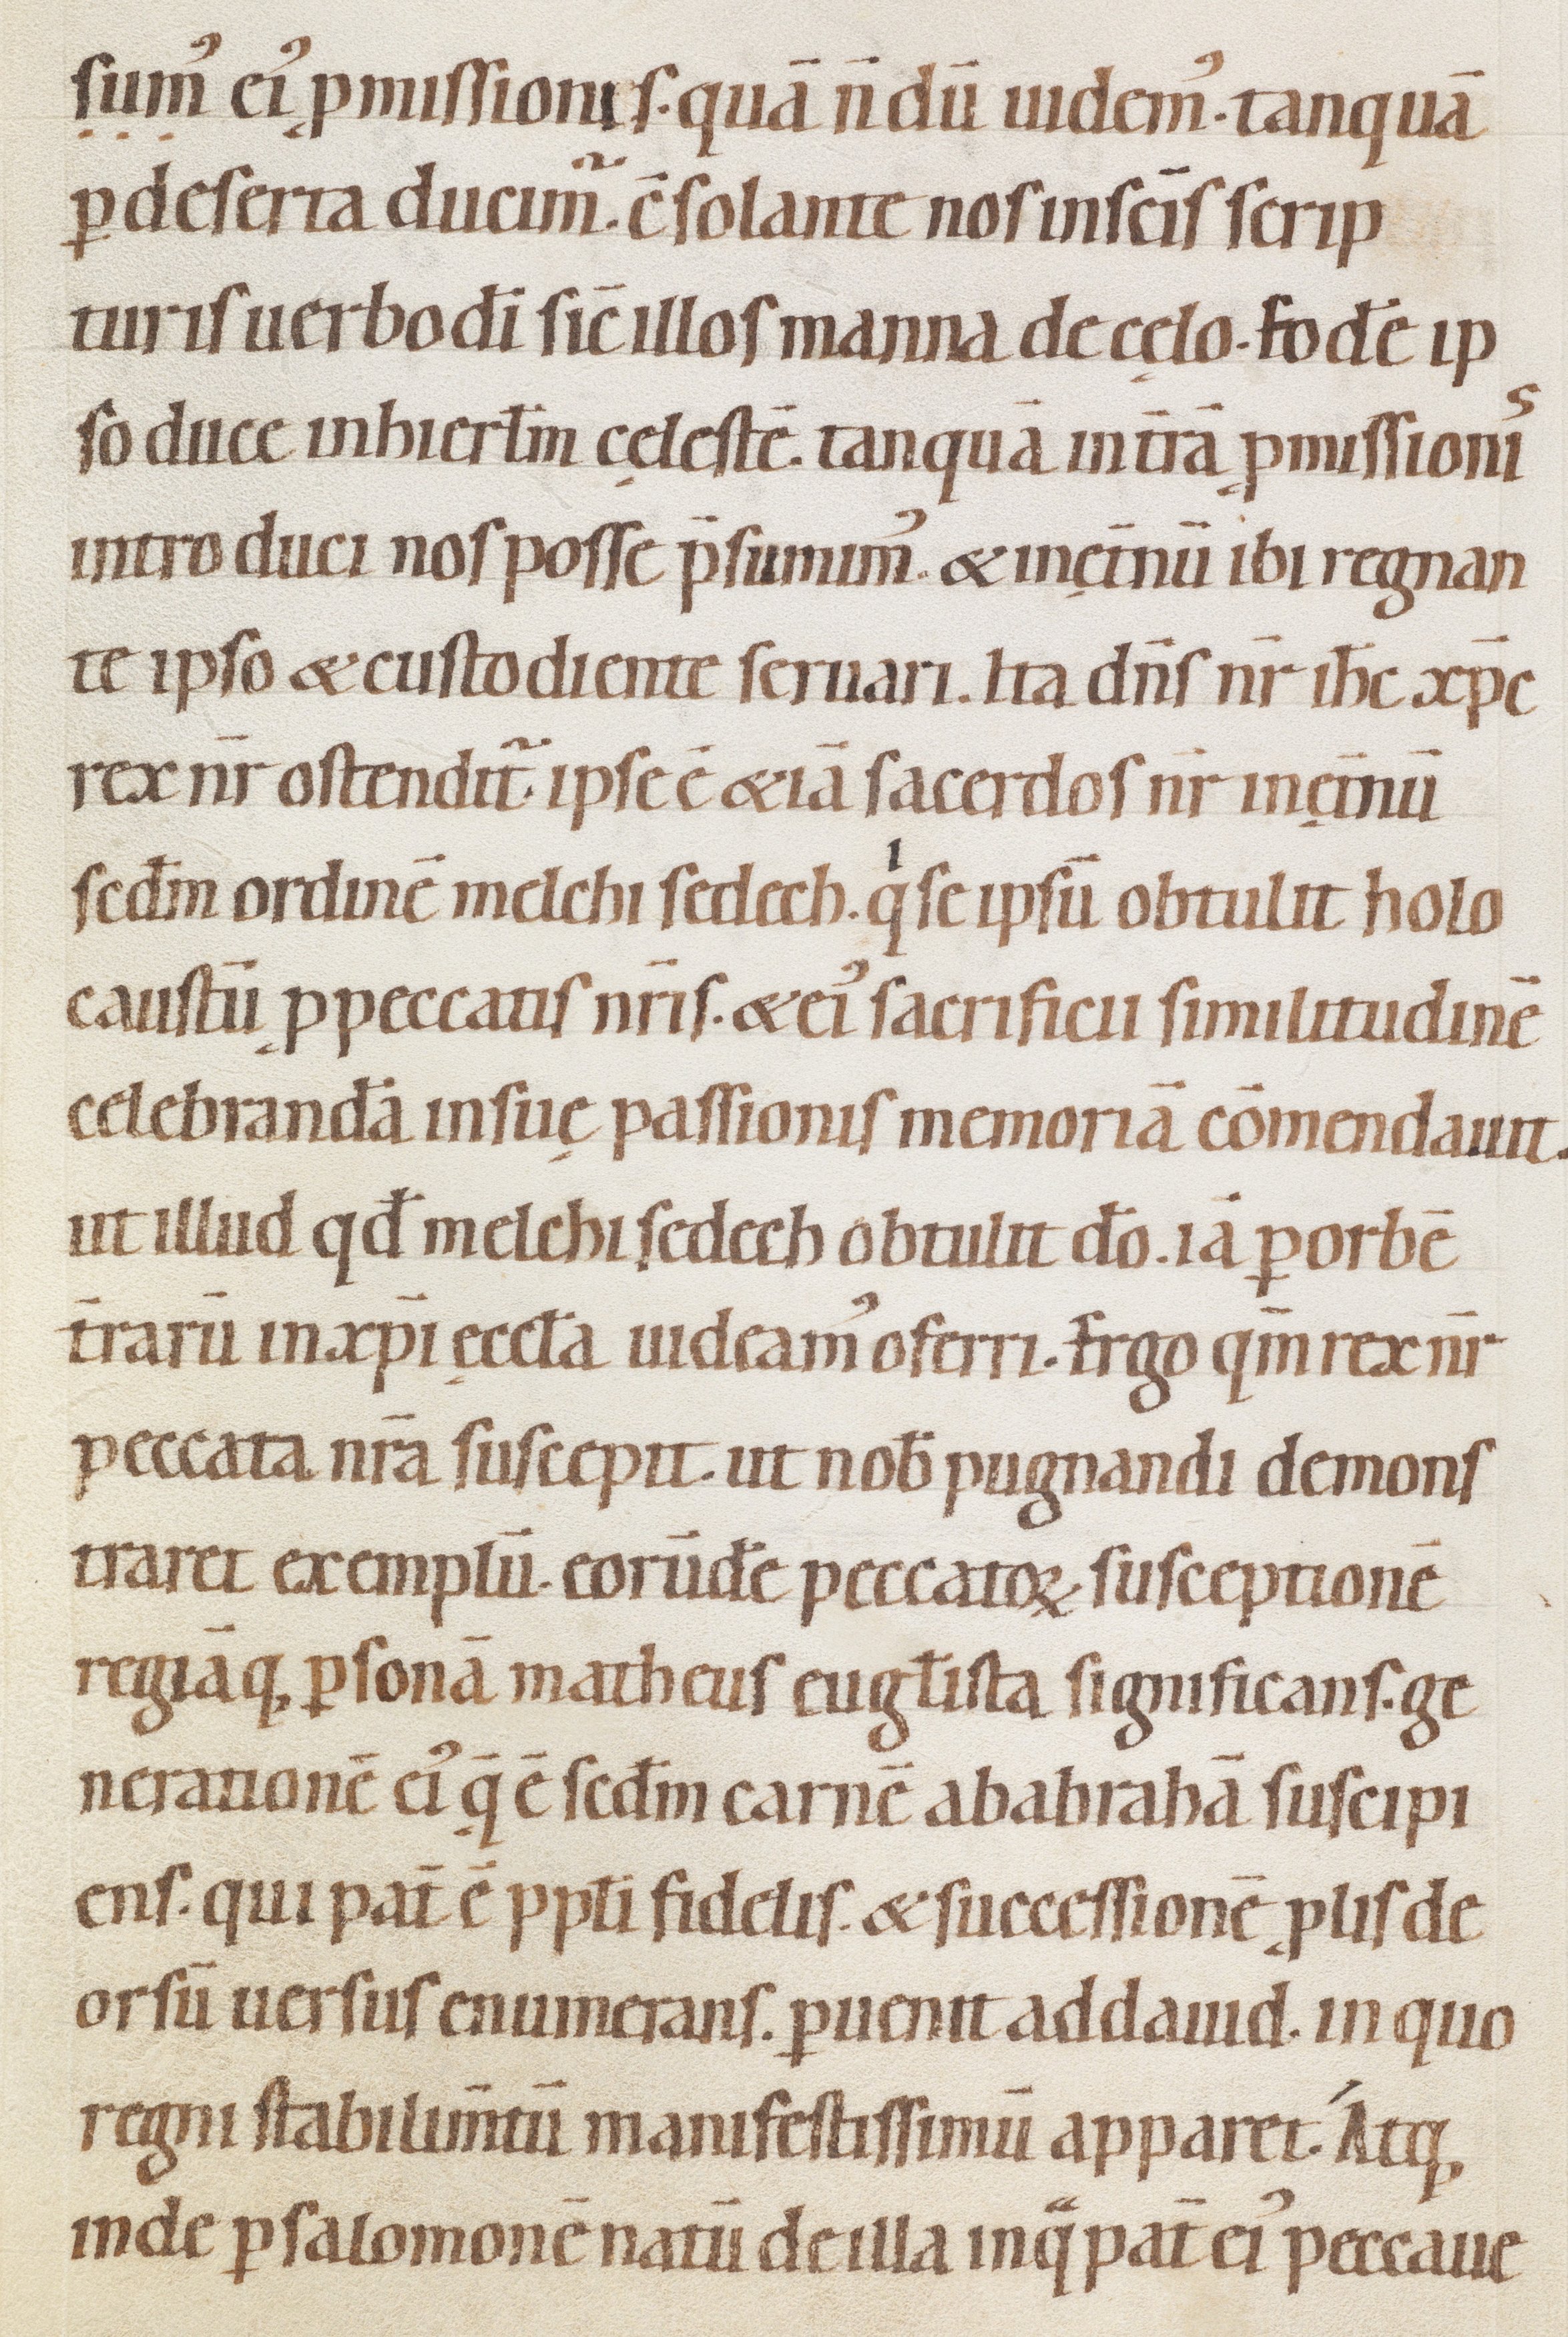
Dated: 1080–1096